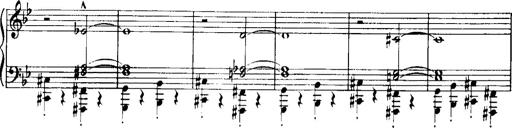
Title: Historische ungarische Bildnisse
Composer: Franz Liszt